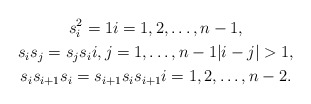
\begin{gather*} s_i^2 = 1 i=1,2,\dotsc,n-1, \\ s_is_j = s_js_i i,j = 1,\dotsc,n-1 |i-j|>1, \\ s_is_{i+1}s_i = s_{i+1}s_is_{i+1} i=1,2,\dotsc,n-2.\end{gather*}